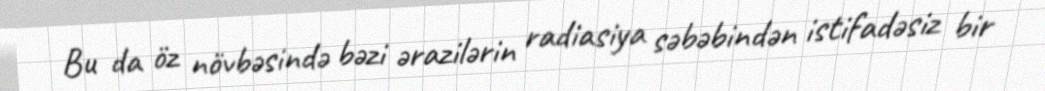
Bu da öz növbəsində bəzi ərazilərin radiasiya səbəbindən istifadəsiz bir